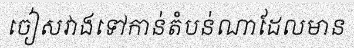
ចៀសវាងទៅកាន់តំបន់ណាដែលមាន